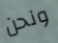
ونحن